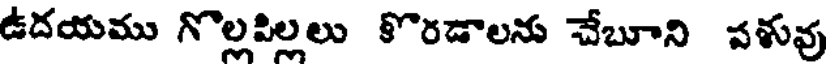
ఉదయము గొల్లపిల్లలు కొరడాలను చేబూని వళువు